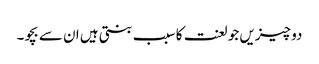
دو چیزیں جو لعنت کا سبب بنتی ہیں ان سے بچو۔